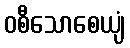
ဝစီသောစေယျံ